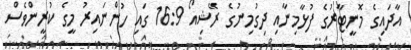
އާދައިގެ މޮނީޓާރުގެ ފުޅާމިނާއި ދިގުމިނުގެ ރޭޝިއޯ 16:9 ގައި ހުންނައިރު މީގެ ކުރީންވެސް